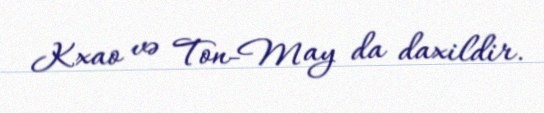
Kxao və Ton-May da daxildir.